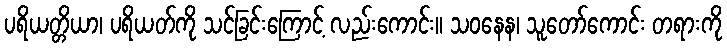
ပရိယတ္တိယာ၊ ပရိယတ်ကို သင်ခြင်းကြောင့် လည်းကောင်း။ သဝနေန၊ သူတော်ကောင်း တရားကို